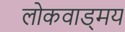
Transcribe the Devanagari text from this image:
लोकवाड्मय